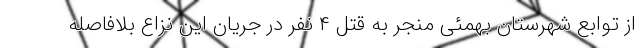
از توابع شهرستان بهمئی منجر به قتل ۴ نفر در جریان این نزاع بلافاصله